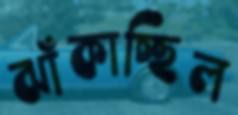
ঝাঁকাচ্ছিল